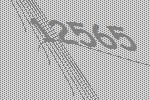
12565